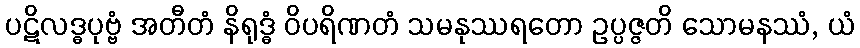
ပဋိလဒ္ဓပုဗ္ဗံ အတီတံ နိရုဒ္ဓံ ဝိပရိဏတံ သမနုဿရတော ဥပ္ပဇ္ဇတိ သောမနဿံ, ယံ